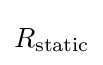
R_{\text{static}}